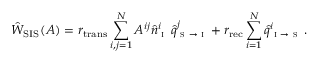
\hat { W } _ { \mathrm { S I S } } ( A ) = r _ { \mathrm { t r a n s } } \sum _ { i , j = 1 } ^ { N } A ^ { i j } \hat { n } _ { \textsc { i } } ^ { i } \, \hat { q } _ { \textsc { s } \to \textsc { i } } ^ { j } + r _ { \mathrm { r e c } } \sum _ { i = 1 } ^ { N } \hat { q } _ { \textsc { i } \to \textsc { s } } ^ { i } \, .